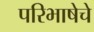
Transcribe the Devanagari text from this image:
परिभाषेचे